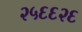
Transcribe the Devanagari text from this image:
२५६६२६